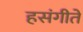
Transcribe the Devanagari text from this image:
हसंगीते